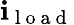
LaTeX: \mathbf{i}_{\mathrm{{~l~o~a~d~}}}